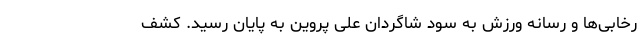
رخابی‌ها و رسانه ورزش به سود شاگردان علی پروین به پایان رسید. کشف